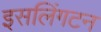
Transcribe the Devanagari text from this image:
इसलिंगटन